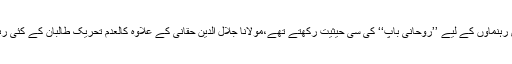
مولانا سمیع الحق جہادی رہنماؤں کے لیے ’’روحانی باپ‘‘ کی سی حیثیت رکھتے تھے،مولانا جلال الدین حقانی کے علاوہ کالعدم تحریک طالبان کے کئی رہنما ان کے شاگرد رہے۔